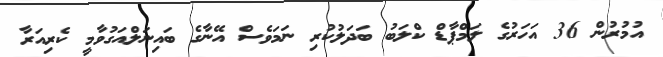
އުމުރުން 36 އަހަރުގެ ލަމްޕާޑް ކްލަބު ބަދަލުކުރި ނަމަވެސް އޭނާގެ ބައިނަލްއަގުވާމީ ކެރިއަރާ